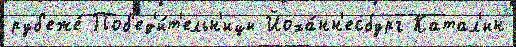
руб'еже́ Поб'ед'и́т'ельн'ицы Йоха́нн'есбург Катал'ин